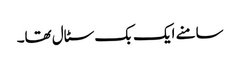
سامنے ایک بک سٹال تھا۔